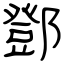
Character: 鄧